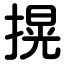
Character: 㨪